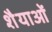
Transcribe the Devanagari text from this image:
शैैयाओं